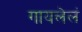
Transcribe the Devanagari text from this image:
गायलेलं